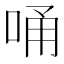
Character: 𠳀